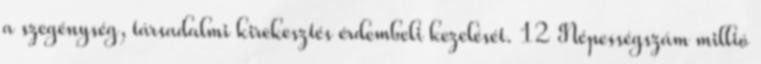
a szegénység, társadalmi kirekesztés érdembeli kezelését. 12 Népességszám millió